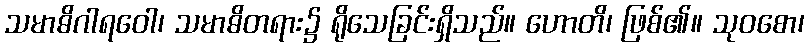
သမာဓိဂါရဝေါ၊ သမာဓိတရား၌ ရိုသေခြင်းရှိသည်။ ဟောတိ၊ ဖြစ်၏။ သုဝစော၊